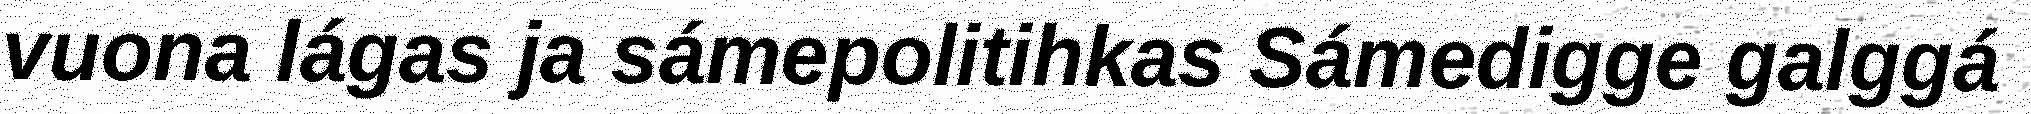
vuona lágas ja sámepolitihkas Sámedigge galggá